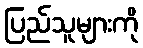
ပြည်သူများကို